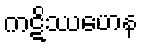
ကဋိဿဟေန